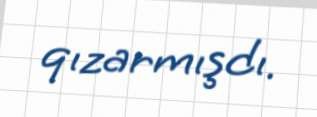
qızarmışdı.